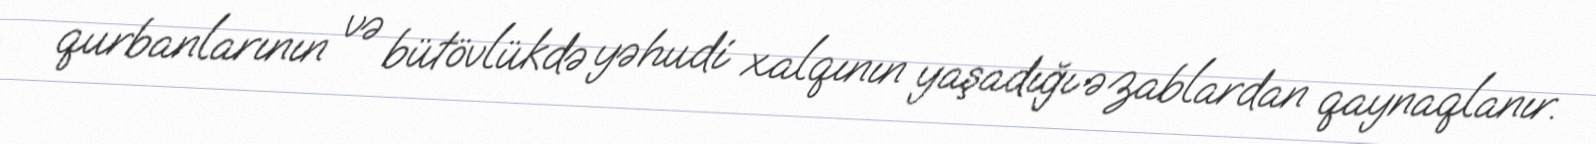
qurbanlarının və bütövlükdə yəhudi xalqının yaşadığı əzablardan qaynaqlanır.